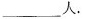
\underline人.